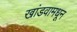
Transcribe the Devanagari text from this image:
खांडवामधून